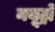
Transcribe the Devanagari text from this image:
नयूट्रो